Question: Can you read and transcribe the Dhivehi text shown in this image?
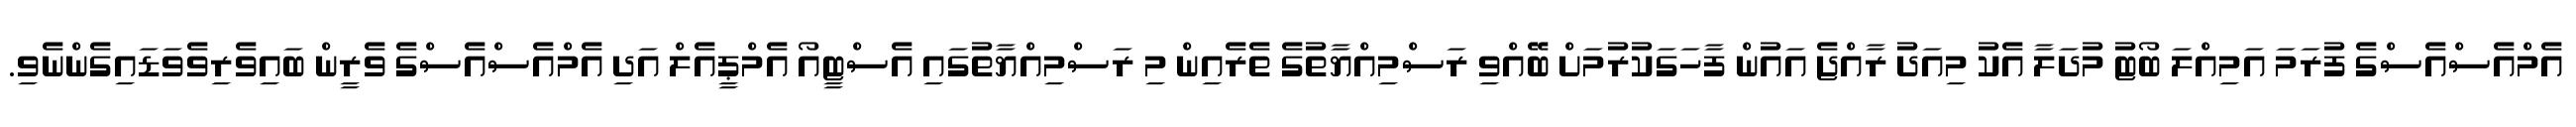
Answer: އެމްއެސްއެސްގެ ފުރަމަ އަމިއްލަ ބޯޓު މުދަލާ އެކު މިއަދު ރާއްޖެ އައުން ފާހަގަކުރުމަށް ބޭއްވި ރަސްމިއްޔާތުގެ ތެރެއިން މި ރަސްމިއްޔާތުގައި އެސްޓީއޯ އެމްޕީއެލް އަދި އެމްއެސްއެސްގެ ވެރީން ބައިވެރިވެވަޑައިގެންނެވި.